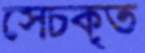
সেচকৃত